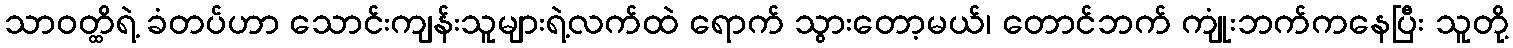
သာဝတ္ထိရဲ့ ခံတပ်ဟာ သောင်းကျန်းသူများရဲ့လက်ထဲ ရောက် သွားတော့မယ်၊ တောင်ဘက် ကျုံးဘက်ကနေပြီး သူတို့